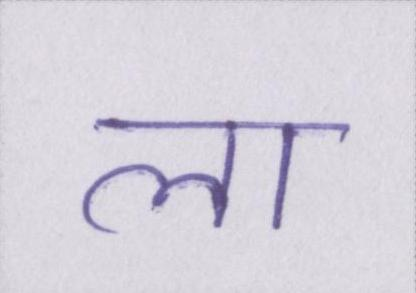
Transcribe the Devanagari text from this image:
ला